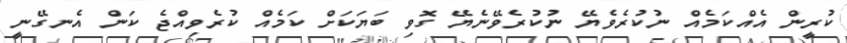
ކުރީން އެއްކަމެއް ނުކުރެވެޔޭ ނުކުރެވޭނެޔޭ ގޮވި ބަޔަކަށް ކަމެއް ކުރެވިއްޖެ ކަން އެނގޭނީ